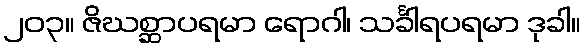
၂၀၃။ ဇိဃစ္ဆာပရမာ ရောဂါ၊ သင်္ခါရပရမာ ဒုခါ။